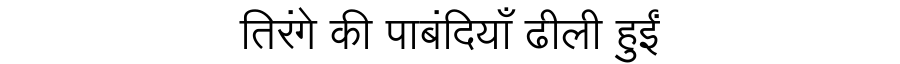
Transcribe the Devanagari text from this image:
तिरंगे की पाबंदियाँ ढीली हुईं